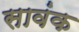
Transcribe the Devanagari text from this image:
सावंक